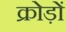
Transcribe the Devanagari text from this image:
क्रोड़ों